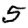
Digit: 5